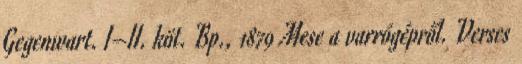
Gegenwart. I–II. köt. Bp., 1879 Mese a varrógépről. Verses